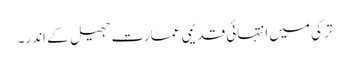
ترکی میں انتہائی قدیمی عمارت جھیل کے اندر۔